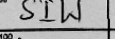
Transcription: SIW